65_HS1-834228961_62-HQ-83894_Section_5
Agency: FBI
Page 123
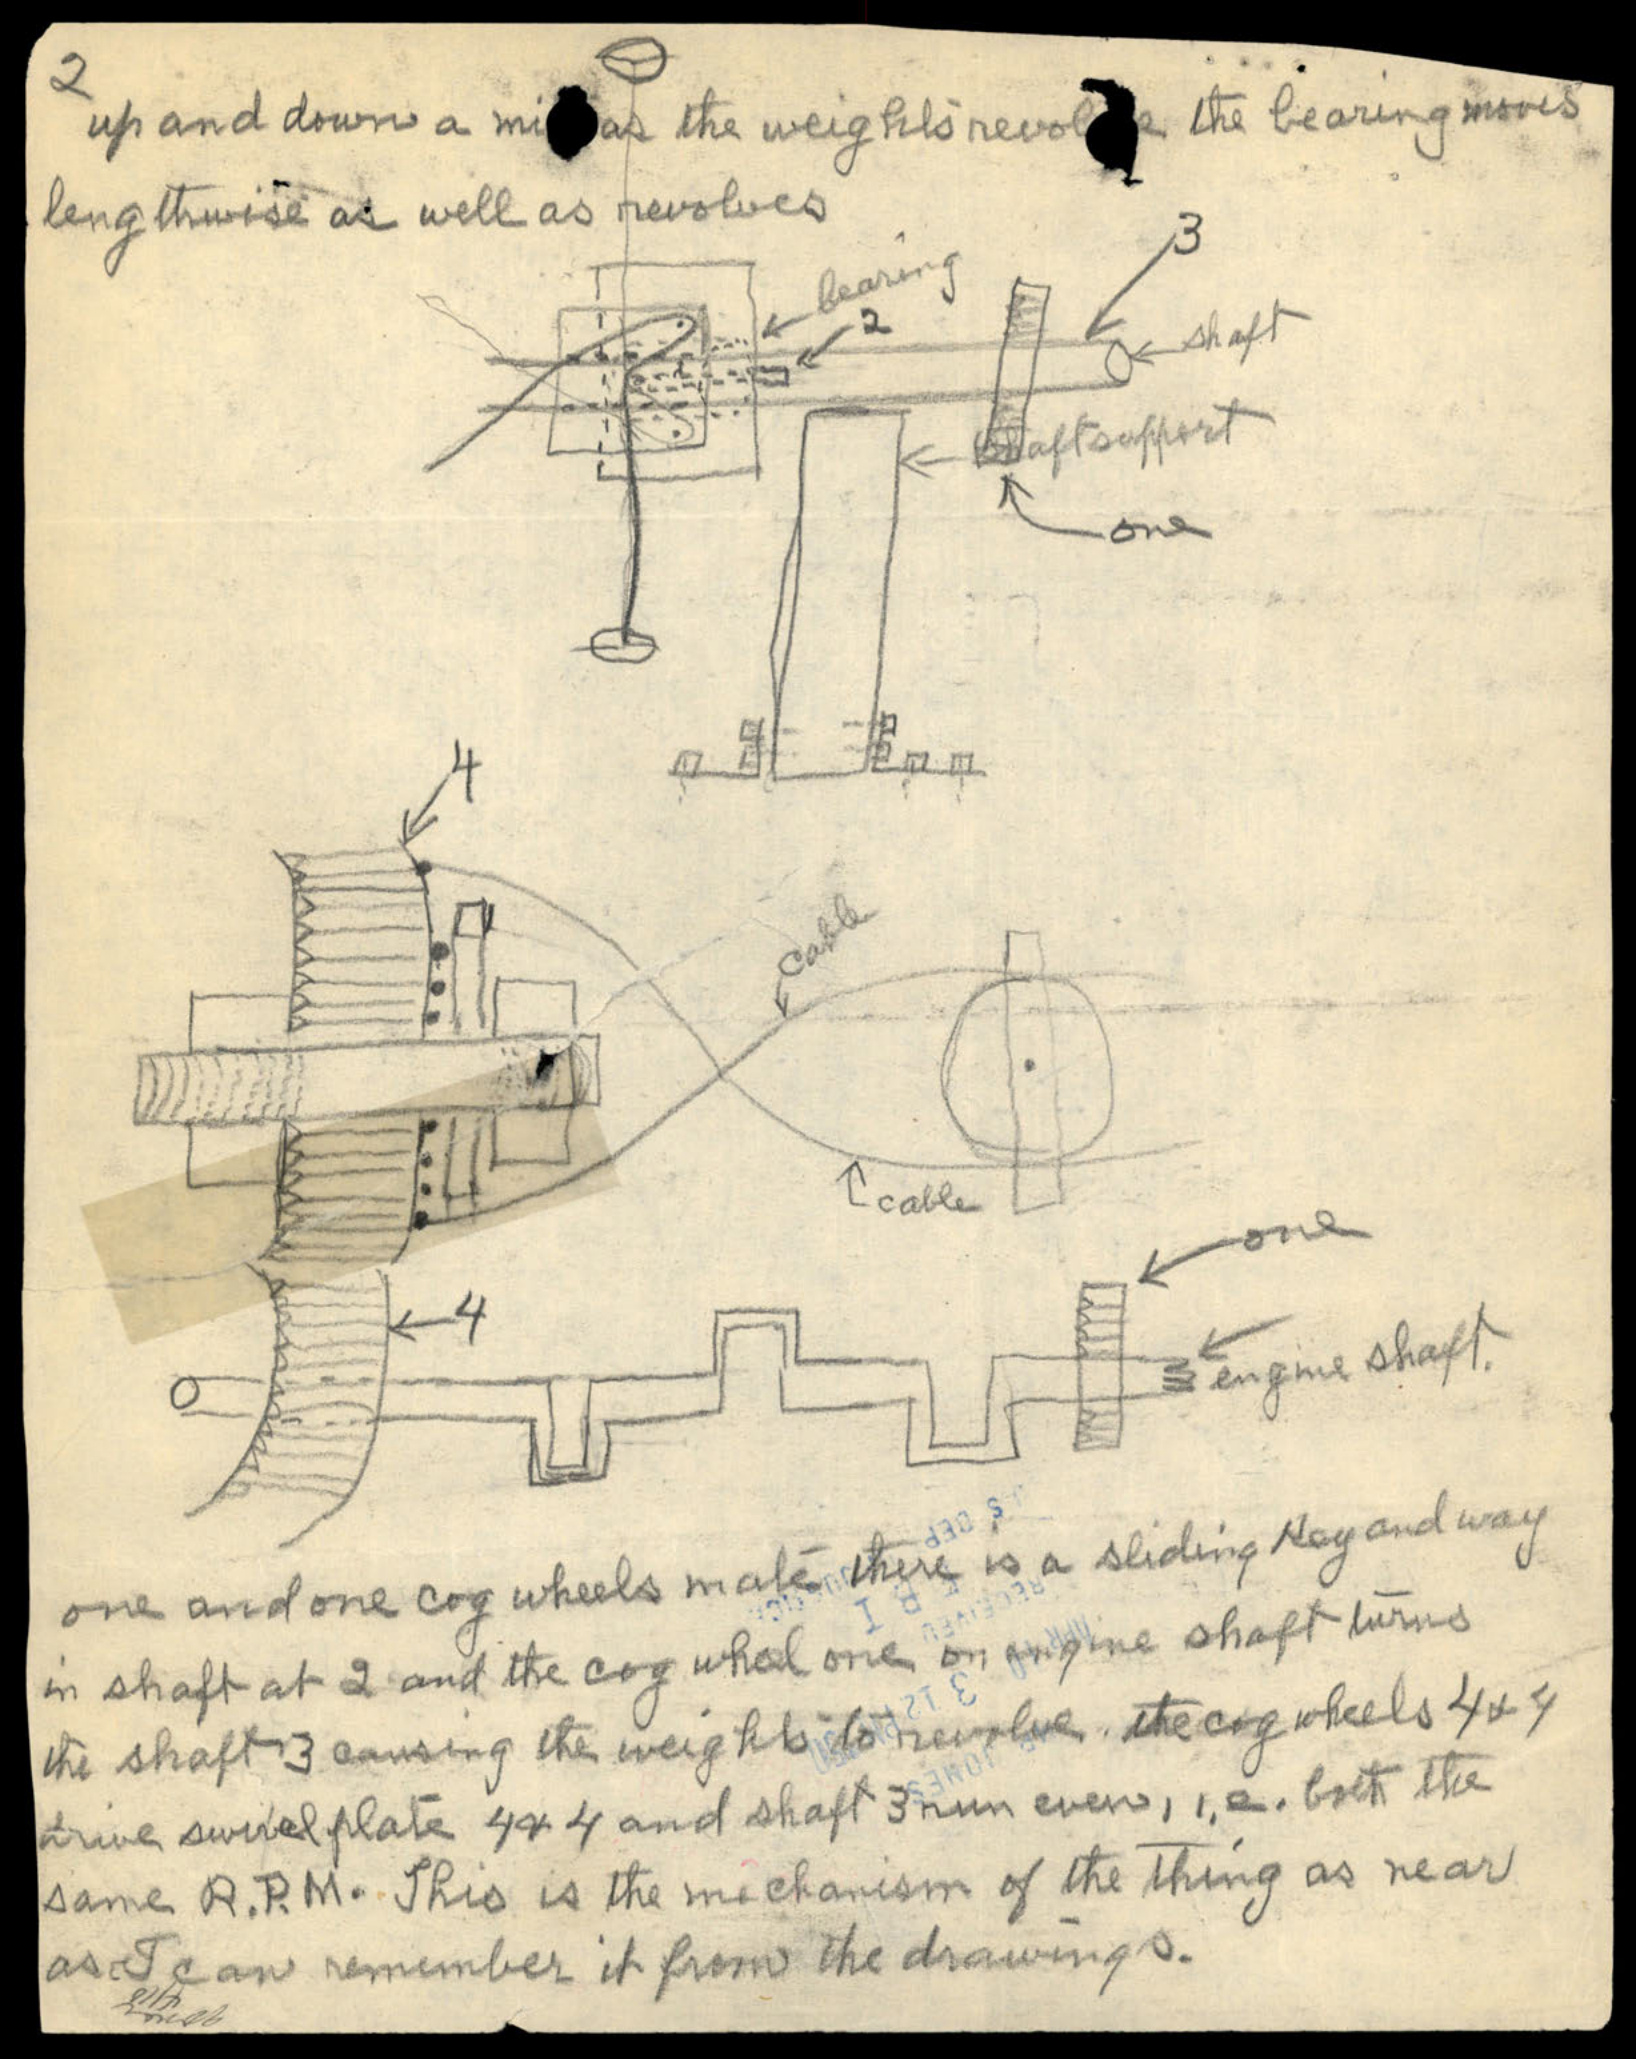